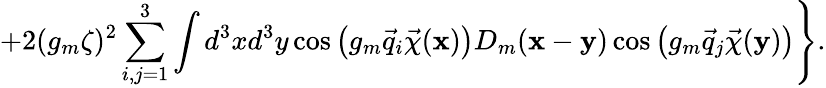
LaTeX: \left.+2(g_{m}\zeta)^{2}\sum_{i,j=1}^{3}\int d^{3}xd^{3}y\cos\left(g_{m}\vec{q}_{i}\vec{\chi}({\mathbf x})\right)D_{m}({\mathbf x}-{\mathbf y})\cos\left(g_{m}\vec{q}_{j}\vec{\chi}({\mathbf y})\right)\right\} .